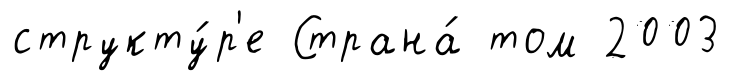
структу́р'е Страна́ том 2003